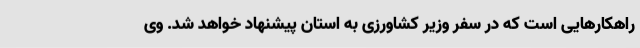
راهکارهایی است که در سفر وزیر کشاورزی به استان پیشنهاد خواهد شد. وی